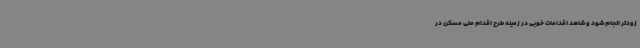
زودتر انجام شود و شاهد اقدامات خوبی در زمینه طرح اقدام ملی مسکن در